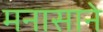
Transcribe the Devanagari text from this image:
मनासाने